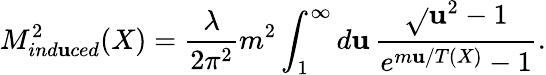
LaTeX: M_{ind\mathbf{u}ced}^{2}(X)=\frac{{\lambda}}{{2\pi^{2}}}m^{2}\int_{1}^{\infty}d\mathbf{u}\, \frac{{\sqrt{}{{\mathbf{u}^{2}-1}}}}{{e^{m\mathbf{u}/T(X)}-1}}.